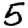
Digit: 5